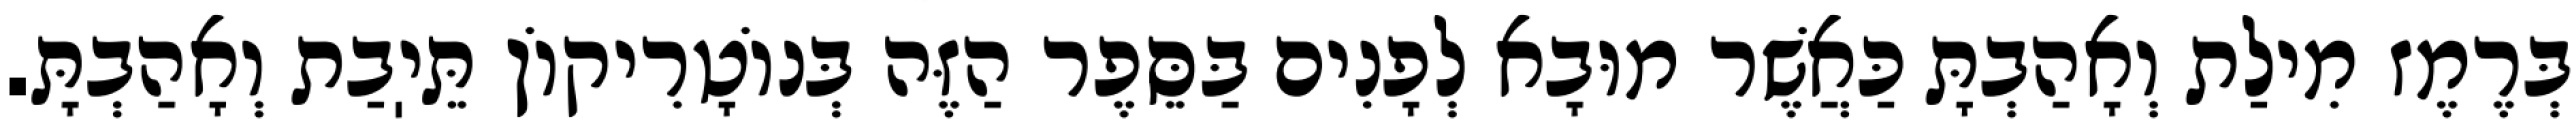
בְּרֶמֶז מִילַת וְאָהַבְתָּ כַּאֲשֶׁר מוּבָא לְפָנִים בַּסֵּפֶר הַזֶּה בְּנוֹטָרִיקוֹן תֵּיֽבַת וְאָהַבְתָּ.